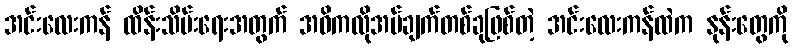
အင်းလေးကန် ထိန်းသိမ်းရေးအတွက် အဓိကလိုအပ်ချက်တစ်ခုဖြစ်တဲ့ အင်းလေးကန်ထဲက နုန်းတွေကို